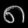
Digit: ၈